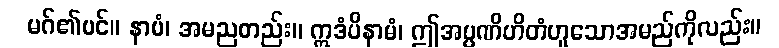
မဂ်၏ပင်။ နာမံ၊ အမညတည်း။ ဣဒံပိနာမံ၊ ဤအပ္ပဏိဟိတံဟူသောအမည်ကိုလည်း။